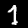
Label: 7